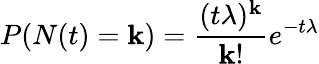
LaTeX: P(N(t)=\mathbf{k})={\frac{{(t\lambda)^{\mathbf{k}}}}{{\mathbf{k}!}}}e^{-t\lambda}